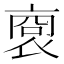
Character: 𧚞